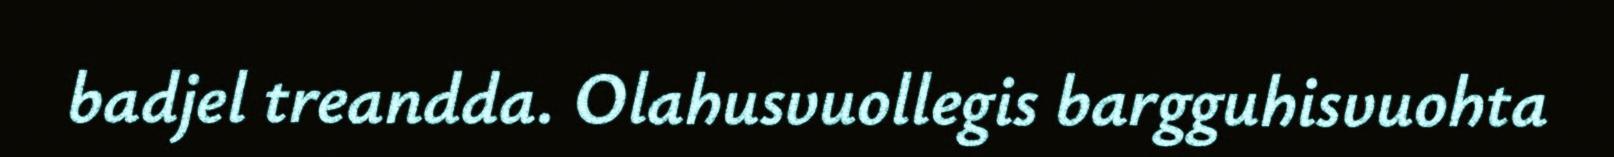
badjel treandda. Olahusvuollegis bargguhisvuohta